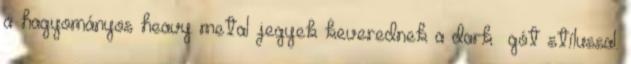
a hagyományos heavy metal jegyek keverednek a dark gót stílussal.